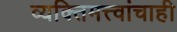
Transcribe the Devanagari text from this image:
व्यक्तिमत्त्वांचाही